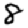
Digit: 8